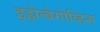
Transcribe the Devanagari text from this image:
इझेत्बेगोव्हिश